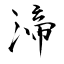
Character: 渧